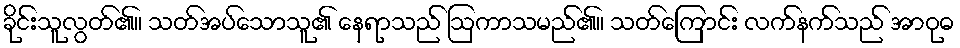
ခိုင်းသူလွတ်၏။ သတ်အပ်သောသူ၏ နေရာသည် ဩကာသမည်၏။ သတ်ကြောင်း လက်နက်သည် အာဝုဓ